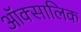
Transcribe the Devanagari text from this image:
ऑक्सालिक